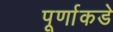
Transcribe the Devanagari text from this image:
पूर्णाकडे